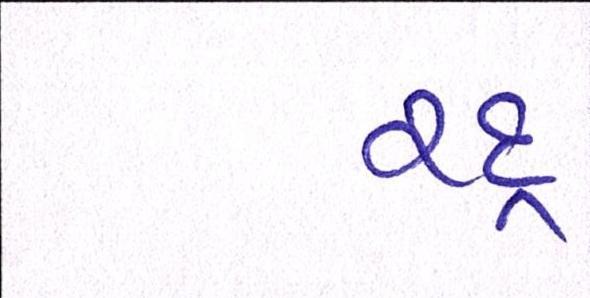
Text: રદ્દ